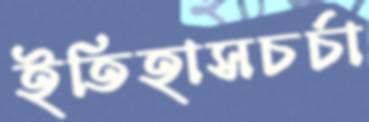
ইতিহাসচর্চা